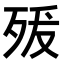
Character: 𭮍